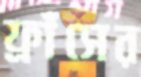
ফ্রাঁসের